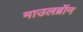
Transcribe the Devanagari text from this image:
माउलब्रॉन